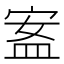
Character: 䀂